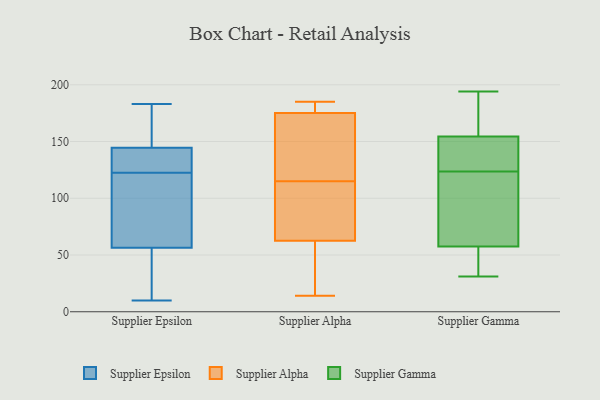
{"axis": {"x": "Bounce Rate (%)", "y": "Value"}, "legend": ["Supplier Alpha", "Supplier Epsilon", "Supplier Gamma"], "data": [{"x": "", "y": 118, "type": "Supplier Epsilon"}, {"x": "", "y": 46, "type": "Supplier Epsilon"}, {"x": "", "y": 172, "type": "Supplier Epsilon"}, {"x": "", "y": 127, "type": "Supplier Epsilon"}, {"x": "", "y": 183, "type": "Supplier Epsilon"}, {"x": "", "y": 140, "type": "Supplier Epsilon"}, {"x": "", "y": 67, "type": "Supplier Epsilon"}, {"x": "", "y": 128, "type": "Supplier Epsilon"}, {"x": "", "y": 97, "type": "Supplier Epsilon"}, {"x": "", "y": 149, "type": "Supplier Epsilon"}, {"x": "", "y": 10, "type": "Supplier Epsilon"}, {"x": "", "y": 41, "type": "Supplier Epsilon"}, {"x": "", "y": 162, "type": "Supplier Alpha"}, {"x": "", "y": 14, "type": "Supplier Alpha"}, {"x": "", "y": 96, "type": "Supplier Alpha"}, {"x": "", "y": 49, "type": "Supplier Alpha"}, {"x": "", "y": 183, "type": "Supplier Alpha"}, {"x": "", "y": 115, "type": "Supplier Alpha"}, {"x": "", "y": 67, "type": "Supplier Alpha"}, {"x": "", "y": 109, "type": "Supplier Alpha"}, {"x": "", "y": 185, "type": "Supplier Alpha"}, {"x": "", "y": 175, "type": "Supplier Alpha"}, {"x": "", "y": 143, "type": "Supplier Alpha"}, {"x": "", "y": 176, "type": "Supplier Alpha"}, {"x": "", "y": 24, "type": "Supplier Alpha"}, {"x": "", "y": 111, "type": "Supplier Gamma"}, {"x": "", "y": 146, "type": "Supplier Gamma"}, {"x": "", "y": 112, "type": "Supplier Gamma"}, {"x": "", "y": 182, "type": "Supplier Gamma"}, {"x": "", "y": 62, "type": "Supplier Gamma"}, {"x": "", "y": 186, "type": "Supplier Gamma"}, {"x": "", "y": 43, "type": "Supplier Gamma"}, {"x": "", "y": 160, "type": "Supplier Gamma"}, {"x": "", "y": 180, "type": "Supplier Gamma"}, {"x": "", "y": 32, "type": "Supplier Gamma"}, {"x": "", "y": 31, "type": "Supplier Gamma"}, {"x": "", "y": 131, "type": "Supplier Gamma"}, {"x": "", "y": 149, "type": "Supplier Gamma"}, {"x": "", "y": 49, "type": "Supplier Gamma"}, {"x": "", "y": 75, "type": "Supplier Gamma"}, {"x": "", "y": 53, "type": "Supplier Gamma"}, {"x": "", "y": 123, "type": "Supplier Gamma"}, {"x": "", "y": 124, "type": "Supplier Gamma"}, {"x": "", "y": 134, "type": "Supplier Gamma"}, {"x": "", "y": 194, "type": "Supplier Gamma"}]}